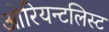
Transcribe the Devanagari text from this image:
ओरियन्टलिस्ट